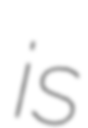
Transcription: is